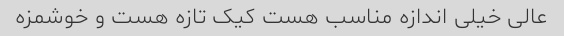
عالی خیلی اندازه مناسب هست کیک تازه هست و خوشمزه